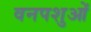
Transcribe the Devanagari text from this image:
वनपशुओं